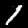
Label: 1